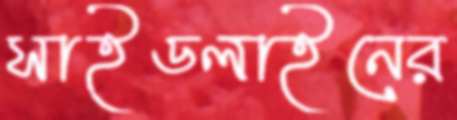
সাইডলাইনের